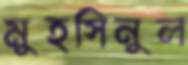
মুহসিনুল